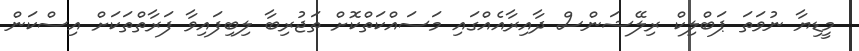
މީޑިޔާ ނުވަތަ ޕަބްލިކް ރިލޭޝަންސް ދާއިރާއެއްގައި މަސައްކަތްކޮށް ތަޖުރިބާ ލިބިފައިވާ ފަރާތްތަކަށް އިސްކަން